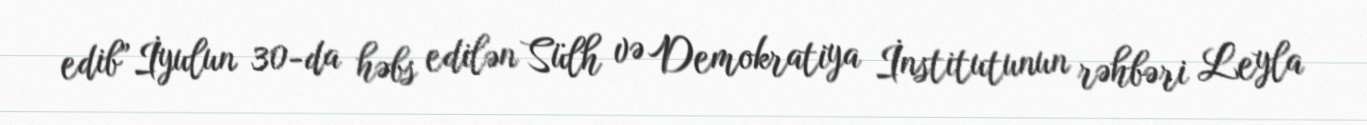
edib”İyulun 30-da həbs edilən Sülh və Demokratiya İnstitutunun rəhbəri Leyla